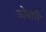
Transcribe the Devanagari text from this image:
कोथारि